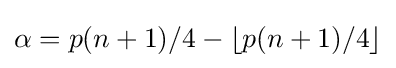
\alpha =p(n+1)/4-\lfloor p(n+1)/4\rfloor